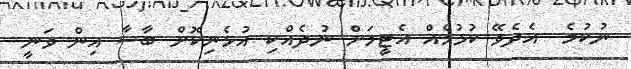
ނުކުމެ  އެދެވޭ ކުޅުމެއް އެޓީމަށް ނުދެއްކި އުޅެނިކޮށް ބާސާ އިން ވަނީ